Lunatic asylums United Prov. 1922-30 - 1922-1930
Year: 1922
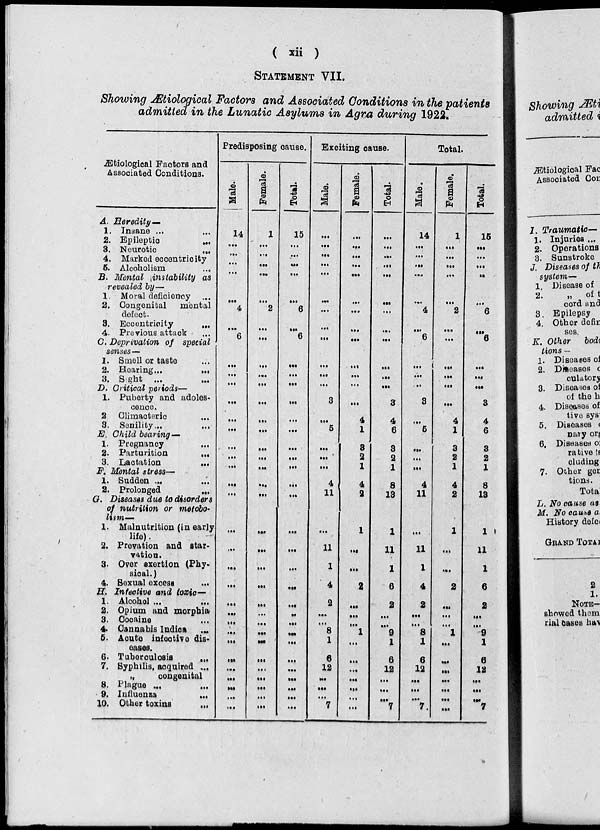
( xii )
STATEMENT VII.
Showing Ætiological Factors and Associated Conditions in the patients
admitted in the Lunatic Asylums in Agra during 1922.
Ætiological Factors and
Associated Conditions.
A. Heredity—
1. Insane ... ...
2. Epileptic
...
3. Neurotic
...
4. Marked eccentricity
5. Alcoholism ...
B. Mental instability as
revealed by—
1. Moral deficiency ...
2. Congenital
mental
defect.
3. Eccentricity
...
4. Previous attack ...
C. Deprivation of special
senses —
1. Smell or taste ...
2. Hearing ...
...
3. Sight ...
...
D. Critical periods —
1. Puberty and adoles-
cence.
2. Climacteric
3. Senility...
E. Child bearing—
1. Pregnancy ...
2. Parturition
...
3. Lactation
...
F. Mental stress—
1. Sudden ... ...
2. Prolonged
...
G. Diseases due to disorders
of nutrition or metobo-
lsim—
1. Malnutrition (in early
life).
2. Prevation and star-
vation.
3. Over exertion (Phy-
sical.)
4. Sexual excess ... ...
H. Infective and toxic —
1. Alcohol ...
...
2. Opium and morphia
3. Cocaine ...
4. Cannabis Indica ...
5. Acute infective dis-
eases.
6. Tuberculosis
...
7. Syphilis, acquired ...
„
congenital
8. Plague ... ...
9. Influenza
...
10. Other toxins
...
Predisposing cause.
Male.
14
...
...
...
...
...
...
4
...
6 6
...
...
...
...
...
...
...
...
...
...
...
...
...
...
...
...
...
...
...
...
...
...
...
...
...
...
Female.
1
...
... ...
...
...
...
...
2
...
... ...
...
...
...
...
...
...
...
...
. ..
...
...
...
...
...
...
...
...
...
...
...
...
...
...
...
...
...
Total.
15
...
...
...
...
...
...
6
...
6
...
...
...
...
...
...
...
...
...
...
...
...
...
...
...
...
...
...
...
...
...
...
...
...
...
...
Exciting cause.
Male.
...
...
... ...
...
...
...
...
...
... ...
...
...
...
3
...
5
...
...
...
4
11
...
11
1
4
2
...
...
8
1
6
12
...
...
...
7
Female.
...
...
...
...
...
...
...
...
... ...
...
...
...
...
4
1
3
2
1
4
2
1
...
...
2
...
...
...
1
...
...
...
...
...
...
...
Total.
...
...
...
...
...
...
...
...
... ...
...
...
...
3
4
6
3
2
1
8
13
1
11
1
6
2
...
...
9
1
6
12
...
...
...
7
Total.
Male.
14
...
...
...
...
...
4
...
6
...
...
...
3
...
5
...
...
...
4
11
...
11
1
4
2
...
...
8
1
6
12
...
...
...
7
Female.
1
...
... ...
...
...
2
...
...
...
...
...
...
4
1
3
2
1
4
2
1
...
...
2
...
...
...
1
...
...
...
...
...
...
...
Total.
15
...
... ...
...
...
6
...
6
...
...
...
3
4
6
8
2
1
8
13
1
11
1
6
2
...
...
9
1
6
12
...
...
...
7